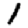
Digit: 1